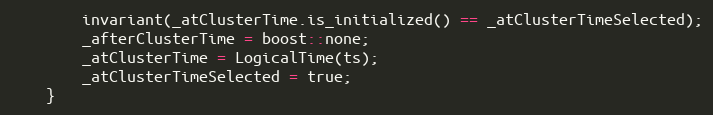
Language: C
        invariant(_atClusterTime.is_initialized() == _atClusterTimeSelected);
        _afterClusterTime = boost::none;
        _atClusterTime = LogicalTime(ts);
        _atClusterTimeSelected = true;
    }